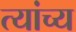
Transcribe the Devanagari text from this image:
त्यांच्य